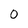
Character: O